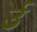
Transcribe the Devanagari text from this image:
र्उ